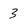
Character: 3